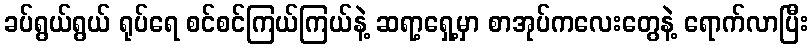
ခပ်ရွယ်ရွယ် ရုပ်ရေ စင်စင်ကြယ်ကြယ်နဲ့ ဆရာ့ရှေ့မှာ စာအုပ်ကလေးတွေနဲ့ ရောက်လာပြီး